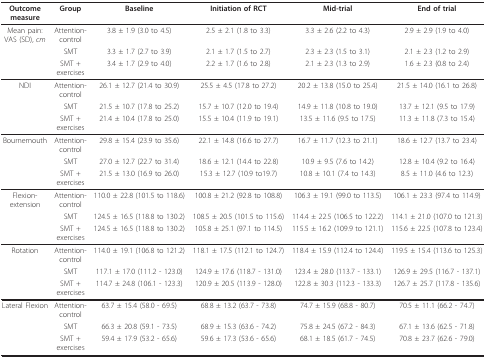
<table><thead><tr><td><b>Outcome measure</b></td><td><b>Group</b></td><td><b>Baseline</b></td><td><b>Initiation of RCT</b></td><td><b>Mid-trial</b></td><td><b>End of trial</b></td></tr></thead><tbody><tr><td>Mean pain: VAS (SD), <i>cm</i></td><td>Attention-control</td><td>3.8 ± 1.9 (3.0 to 4.5)</td><td>2.5 ± 2.1 (1.8 to 3.3)</td><td>3.3 ± 2.6 (2.2 to 4.3)</td><td>2.9 ± 2.9 (1.9 to 4.0)</td></tr><tr><td></td><td>SMT</td><td>3.3 ± 1.7 (2.7 to 3.9)</td><td>2.1 ± 1.7 (1.5 to 2.7)</td><td>2.3 ± 2.3 (1.5 to 3.1)</td><td>2.1 ± 2.3 (1.2 to 2.9)</td></tr><tr><td></td><td>SMT + exercises</td><td>3.4 ± 1.7 (2.9 to 4.0)</td><td>2.2 ± 1.7 (1.6 to 2.8)</td><td>2.1 ± 2.3 (1.3 to 2.9)</td><td>1.6 ± 2.3 (0.8 to 2.4)</td></tr><tr><td>NDI</td><td>Attention-control</td><td>26.1 ± 12.7 (21.4 to 30.9)</td><td>25.5 ± 4.5 (17.8 to 27.2)</td><td>20.2 ± 13.8 (15.0 to 25.4)</td><td>21.5 ± 14.0 (16.1 to 26.8)</td></tr><tr><td></td><td>SMT</td><td>21.5 ± 10.7 (17.8 to 25.2)</td><td>15.7 ± 10.7 (12.0 to 19.4)</td><td>14.9 ± 11.8 (10.8 to 19.0)</td><td>13.7 ± 12.1 (9.5 to 17.9)</td></tr><tr><td></td><td>SMT + exercises</td><td>21.4 ± 10.4 (17.8 to 25.0)</td><td>15.5 ± 10.4 (11.9 to 19.1)</td><td>13.5 ± 11.6 (9.5 to 17.5)</td><td>11.3 ± 11.8 (7.3 to 15.4)</td></tr><tr><td>Bournemouth</td><td>Attention-control</td><td>29.8 ± 15.4 (23.9 to 35.6)</td><td>22.1 ± 14.8 (16.6 to 27.7)</td><td>16.7 ± 11.7 (12.3 to 21.1)</td><td>18.6 ± 12.7 (13.7 to 23.4)</td></tr><tr><td></td><td>SMT</td><td>27.0 ± 12.7 (22.7 to 31.4)</td><td>18.6 ± 12.1 (14.4 to 22.8)</td><td>10.9 ± 9.5 (7.6 to 14.2)</td><td>12.8 ± 10.4 (9.2 to 16.4)</td></tr><tr><td></td><td>SMT + exercises</td><td>21.5 ± 13.0 (16.9 to 26.0)</td><td>15.3 ± 12.7 (10.9 to19.7)</td><td>10.8 ± 10.1 (7.4 to 14.3)</td><td>8.5 ± 11.0 (4.6 to 12.3)</td></tr><tr><td>Flexion-extension</td><td>Attention-control</td><td>110.0 ± 22.8 (101.5 to 118.6)</td><td>100.8 ± 21.2 (92.8 to 108.8)</td><td>106.3 ± 19.1 (99.0 to 113.5)</td><td>106.1 ± 23.3 (97.4 to 114.9)</td></tr><tr><td></td><td>SMT</td><td>124.5 ± 16.5 (118.8 to 130.2)</td><td>108.5 ± 20.5 (101.5 to 115.6)</td><td>114.4 ± 22.5 (106.5 to 122.2)</td><td>114.1 ± 21.0 (107.0 to 121.3)</td></tr><tr><td></td><td>SMT + exercises</td><td>124.5 ± 16.5 (118.8 to 130.2)</td><td>105.8 ± 25.1 (97.1 to 114.5)</td><td>115.5 ± 16.2 (109.9 to 121.1)</td><td>115.6 ± 22.5 (107.8 to 123.4)</td></tr><tr><td>Rotation</td><td>Attention-control</td><td>114.0 ± 19.1 (106.8 to 121.2)</td><td>118.1 ± 17.5 (112.1 to 124.7)</td><td>118.4 ± 15.9 (112.4 to 124.4)</td><td>119.5 ± 15.4 (113.6 to 125.3)</td></tr><tr><td></td><td>SMT</td><td>117.1 ± 17.0 (111.2 - 123.0)</td><td>124.9 ± 17.6 (118.7 - 131.0)</td><td>123.4 ± 28.0 (113.7 - 133.1)</td><td>126.9 ± 29.5 (116.7 - 137.1)</td></tr><tr><td></td><td>SMT + exercises</td><td>114.7 ± 24.8 (106.1 - 123.3)</td><td>120.9 ± 20.5 (113.9 - 128.0)</td><td>122.8 ± 30.3 (112.3 - 133.3)</td><td>126.7 ± 25.7 (117.8 - 135.6)</td></tr><tr><td>Lateral Flexion</td><td>Attention-control</td><td>63.7 ± 15.4 (58.0 - 69.5)</td><td>68.8 ± 13.2 (63.7 - 73.8)</td><td>74.7 ± 15.9 (68.8 - 80.7)</td><td>70.5 ± 11.1 (66.2 - 74.7)</td></tr><tr><td></td><td>SMT</td><td>66.3 ± 20.8 (59.1 - 73.5)</td><td>68.9 ± 15.3 (63.6 - 74.2)</td><td>75.8 ± 24.5 (67.2 - 84.3)</td><td>67.1 ± 13.6 (62.5 - 71.8)</td></tr><tr><td></td><td>SMT + exercises</td><td>59.4 ± 17.9 (53.2 - 65.6)</td><td>59.6 ± 17.3 (53.6 - 65.6)</td><td>68.1 ± 18.5 (61.7 - 74.5)</td><td>70.8 ± 23.7 (62.6 - 79.0)</td></tr></tbody></table>